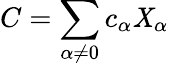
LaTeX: C=\sum_{\alpha\neq0}c_{\alpha}\mathit{X}_{\alpha}